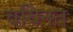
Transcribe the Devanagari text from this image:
चयिनत